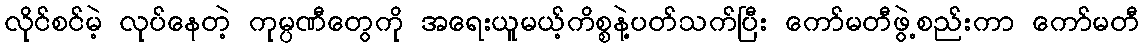
လိုင်စင်မဲ့ လုပ်နေတဲ့ ကုမ္ပဏီတွေကို အရေးယူမယ့်ကိစ္စနဲ့ပတ်သက်ပြီး ကော်မတီဖွဲ့စည်းကာ ကော်မတီ